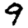
Digit: 9